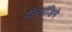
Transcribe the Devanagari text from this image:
वीरहंडिगे